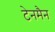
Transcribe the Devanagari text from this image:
टेनमैन